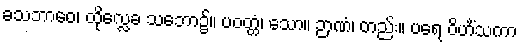
ခသဘာဝေ၊ ထိုလ္လေခ သဘော၌။ ပဝတ္တံ၊ သော။ ဉာဏံ၊ တည်း။ ပရေ ဝိဟိံသကာ